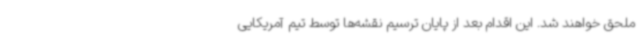
ملحق خواهند شد. این اقدام بعد از پایان ترسیم نقشه‌ها توسط تیم آمریکایی